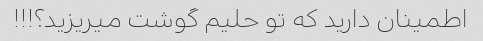
اطمینان دارید که تو حلیم گوشت میریزید؟!!!